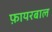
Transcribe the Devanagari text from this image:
फ़ायरबाल